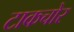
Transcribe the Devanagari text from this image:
टाकचोर